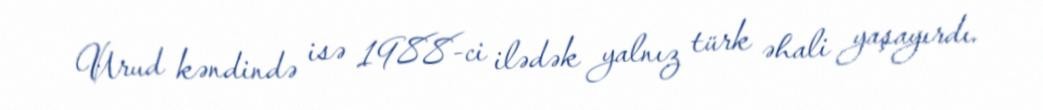
Urud kəndində isə 1988-ci ilədək yalnız türk əhali yaşayırdı.